Report on vaccination North-West Frontier Province 1904-1922 - 1904-1922
Year: 1904
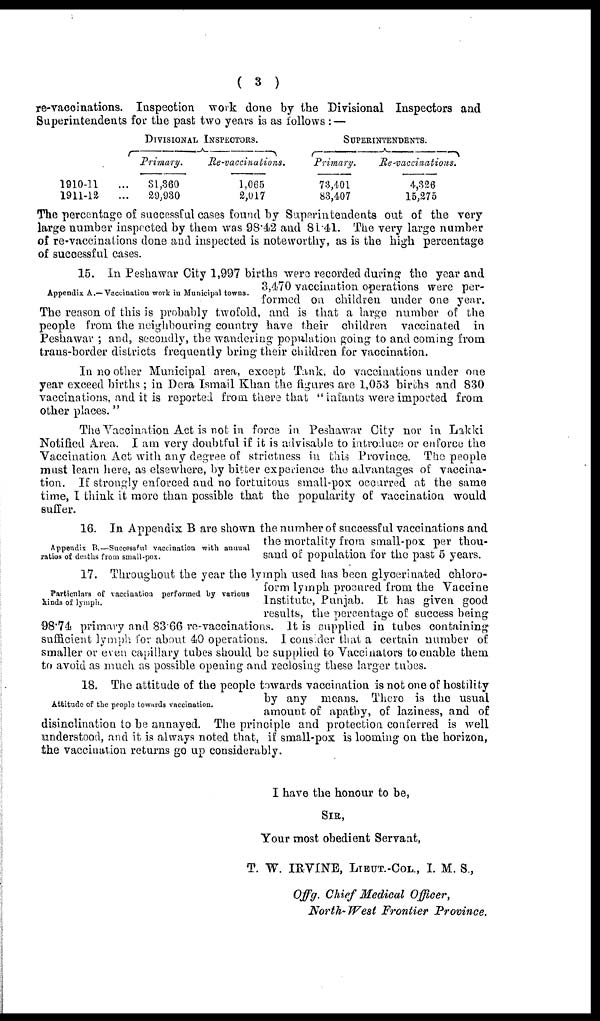
( 3 )
re-vaccinations. Inspection work done by the Divisional Inspectors and
Superintendents for the past two years is as follows :—
1910-11 ...
1911-12 ...
DIVISIONAL INSPECTORS.
Primary.
31,360
29,930
Re-vaccinations.
1,065
2,017
SUPERINTENDENTS.
Primary.
73,401
83,407
Re-vaccinations.
4,326
15,275
The percentage of successful cases found by Superintendents out of the very
large number inspected by them was 98.42 and 81.41. The very large number
of re-vaccinations done and inspected is noteworthy, as is the high percentage
of successful cases.
Appendix A.—Vaccination work in Municipal towns.
15. In Peshawar City 1,997 births were recorded during the year and
3,470 vaccination operations were per-
formed on children under one year.
The reason of this is probably twofold, and is that a large number of the
people from the neighbouring country have their children vaccinated in
Peshawar ; and, secondly, the wandering population going to and coming from
trans-border districts frequently bring their children for vaccination.
In no other Municipal area, except Tank, do vaccinations under one
year exceed births ; in Dera Ismail Khan the figures are 1,053 births and 830
vaccinations, and it is reported from there that "infants were imported from
other places."
The Vaccination Act is not in force in Peshawar City nor in Lakki
Notified Area. I am very doubtful if it is advisable to introduce or enforce the
Vaccination Act with any degree of strictness in this Province. The people
must learn here, as elsewhere, by bitter experience the advantages of vaccina-
tion. If strongly enforced and no fortuitous small-pox occurred at the same
time, I think it more than possible that the popularity of vaccination would
suffer.
Appendix B.—Successful vaccination with annual
ratios of deaths from small-pox.
16. In Appendix B are shown the number of successful vaccinations and
the mortality from small-pox per thou-
sand of population for the past 5 years.
Particulars of vaccination performed by various
kinds of lymph.
17. Throughout the year the lymph used has been glycerinated chloro-
form lymph procured from the Vaccine
Institute, Punjab. It has given good
results, the percentage of success being
98.74 primary and 83.66 re-vaccinations. It is supplied in tubes containing
sufficient lymph for about 40 operations. I consider that a certain number of
smaller or even capillary tubes should be supplied to Vaccinators to enable them
to avoid as much as possible opening and reclosing these larger tubes.
Attitude of the people towards vaccination.
18. The attitude of the people towards vaccination is not one of hostility
by any means. There is the usual
amount of apathy, of laziness, and of
disinclination to be annayed. The principle and protection conferred is well
understood, and it is always noted that, if small-pox is looming on the horizon,
the vaccination returns go up considerably.
I have the honour to be,
SIR,
Your most obedient Servant,
T. W. IRVINE, LIEUT.-COL., I. M. S.,
Offg. Chief Medical Officer,
North-West Frontier Province.